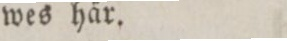
wes här.